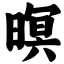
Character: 暝